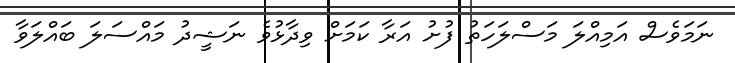
ނަމަވެސް އަމިއްލަ މަސްލަހަތު ފުށު އަރާ ކަމަށް ވިދާޅުވެ ނަޝީދު މައްސަލަ ބައްލަވާ